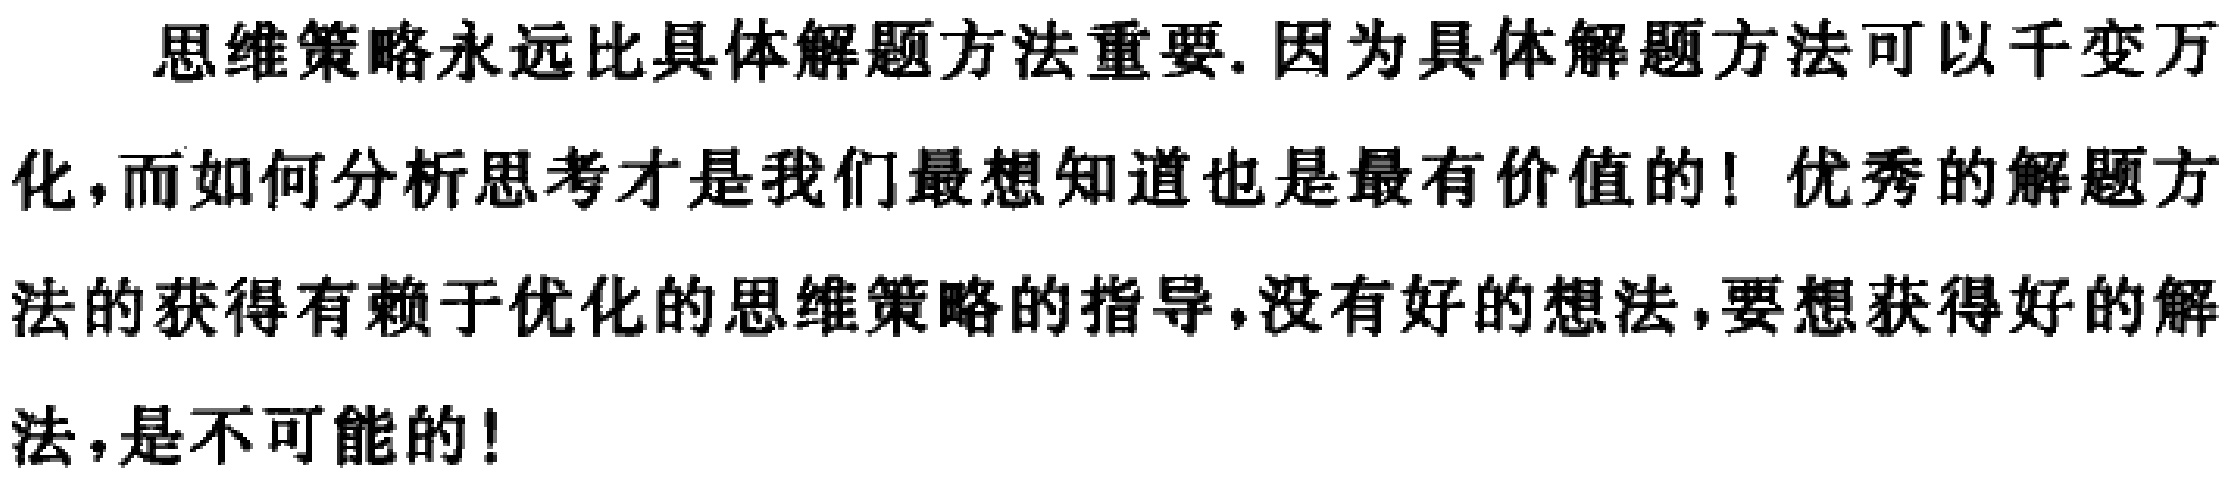
思维策略永远比具体解题方法重要. 因为具体解题方法可以千变万化,而如何分析思考才是我们最想知道也是最有价值的！优秀的解题方法的获得有赖于优化的思维策略的指导,没有好的想法,要想获得好的解法,是不可能的！